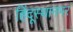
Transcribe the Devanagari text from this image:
हिंदूस्थानभर